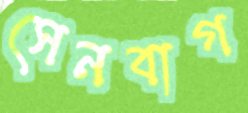
সেনবাগ